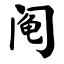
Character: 阄